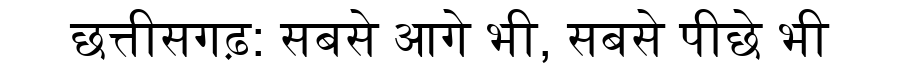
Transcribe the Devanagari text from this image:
छत्तीसगढ़: सबसे आगे भी, सबसे पीछे भी